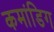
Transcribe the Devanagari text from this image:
कमांडिग